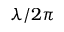
\lambda / 2 \pi